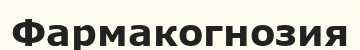
Фармакогнозия